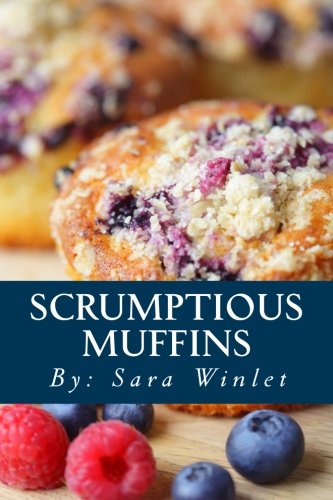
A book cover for Scrumptious Muffins: Sweet And Savory Muffin Recipes (Volume 1); Sara Winlet; Cookbooks, Food & Wine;